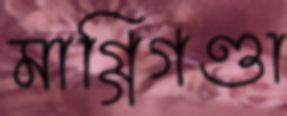
মাগ্গিগণ্ডা